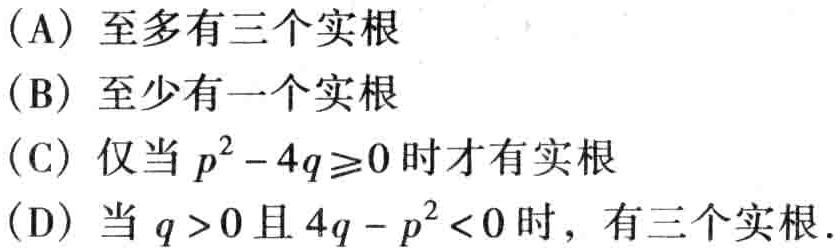
(A) 至多有三个实根
(B) 至少有一个实根
(C) 仅当 \(p^{2}-4q\geq0\) 时才有实根
(D) 当 \(q > 0\) 且 \(4q - p^{2}<0\) 时，有三个实根.